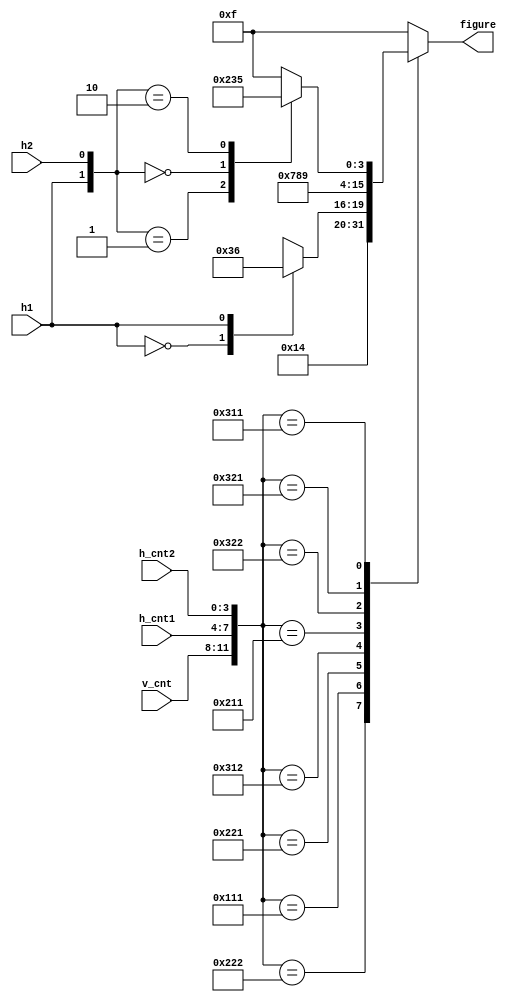
`timescale 1ns / 1ps

module figure_recognition(
    input [3:0]          v_cnt,
    input [3:0]          h_cnt1,
    input [3:0]          h_cnt2,
    input                h1,
    input                h2,
    output reg [3:0]     figure
    );
    
    always @ (*)
    begin
        case({ v_cnt, h_cnt1, h_cnt2 })
            {4'd2, 4'd2, 4'd2}: figure <= 4'd0;
            {4'd1, 4'd1, 4'd1}: figure <= 4'd1;
            {4'd2, 4'd2, 4'd1}: figure <= 4'd4;
            {4'd3, 4'd1, 4'd2}: 
            begin
                case(h1)
                    1'b0:       figure <= 4'd3;
                    1'b1:       figure <= 4'd6;
                endcase
            end
            {4'd2, 4'd1, 4'd1}: figure <= 4'd7;
            {4'd3, 4'd2, 4'd2}: figure <= 4'd8;
            {4'd3, 4'd2, 4'd1}: figure <= 4'd9;
            {4'd3, 4'd1, 4'd1}:
            begin
                case({ h1, h2 })
                    2'b01:      figure <= 4'd2;
                    2'b00:      figure <= 4'd3;
                    2'b10:      figure <= 4'd5;
                    default:    figure <= 4'hF;
                endcase
            end
            default:            figure <= 4'hF;
        endcase
    end
    
endmodule